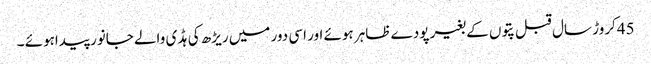
45کروڑ سال قبل پتوں کے بغیر پودے ظاہر ہوئے اور اسی دور میں ریڑھ کی ہڈ ی والے جانور پیداہوئے ۔